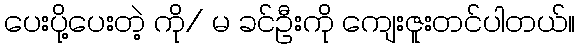
ပေးပို့ပေးတဲ့ ကို/ မ ခင်ဦးကို ကျေးဇူးတင်ပါတယ်။